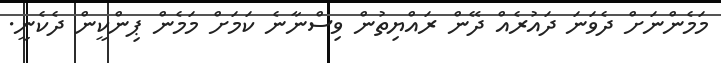
މަމެންނަށް ދެވަނަ ދައުރެއް ދޭން ރައްޔިތުން ވިސްނާނެ ކަމަށް މަމެން ޕިންކީން ދެކެނީ.